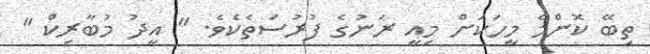
ތިބޭ ކޮންމެ މީހަކަށް މިއީ ރަނުގެ ފުރުސަތެކެވެ. " އީދު މުބާރިކް "